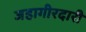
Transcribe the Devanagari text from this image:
जहागीरदारी